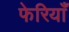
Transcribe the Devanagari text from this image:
फेरियाँ